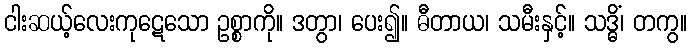
ငါးဆယ့်လေးကုဋေသော ဥစ္စာကို။ ဒတွာ၊ ပေး၍။ ဓီတာယ၊ သမီးနှင့်။ သဒ္ဓိံ၊ တကွ။